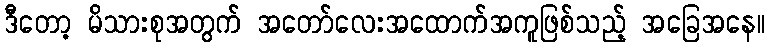
ဒီတော့ မိသားစုအတွက် အတော်လေးအထောက်အကူဖြစ်သည့် အခြေအနေ။